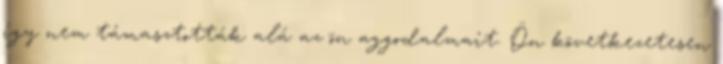
így nem támasztották alá az ön aggodalmait. Ön következetesen